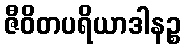
ဇီဝိတပရိယာဒါနဉ္စ